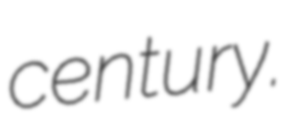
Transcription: century.